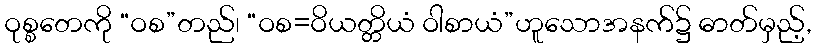
ဝုစ္စတေကို “ဝစ”တည်၊ “ဝစ=ဝိယတ္တိယံ ဝါစာယံ”ဟူသောအနက်၌ ဓာတ်မှည့်,